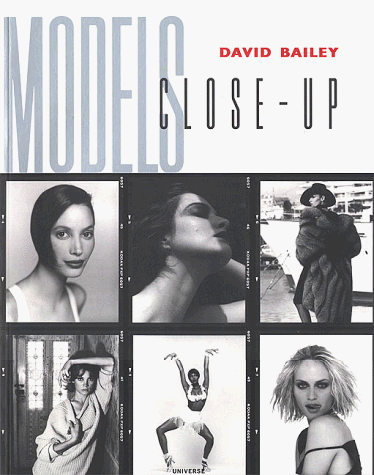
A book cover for Models Close-Up; Arts & Photography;